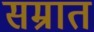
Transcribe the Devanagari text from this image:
सम्रात